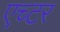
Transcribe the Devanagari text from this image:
एच्टर